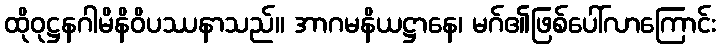
ထိုဝုဋ္ဌနဂါမိနိဝိပဿနာသည်။ အာဂမနိယဋ္ဌာနေ၊ မဂ်၏ဖြစ်ပေါ်လာကြောင်း